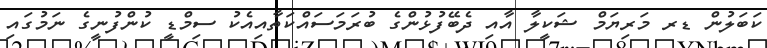
ކަބަލުން ޑރ މަރިޔަމް ޝަކީލާ އާއި ދެބޭފުޅުންގެ ބުރަމަސައްކަތާއިއެކު ސިމްޑީ ކުންފުނީގެ ނަމުގައި